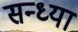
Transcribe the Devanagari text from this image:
सन्‍ध्‍या